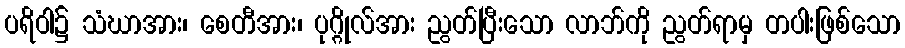
ပရိဝါ၌ သံဃာအား၊ စေတီအား၊ ပုဂ္ဂိုလ်အား ညွတ်ပြီးသော လာဘ်ကို ညွတ်ရာမှ တပါးဖြစ်သော